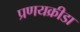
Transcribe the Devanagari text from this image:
प्रणयक्रीडा